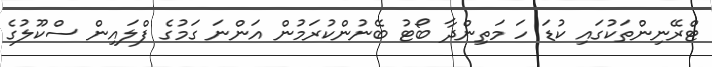
ޓްރޭނިންތަކުގައި ކުޑަ ހަ މަތިންދާ ބޯޓު ބޭނުންކުރަމުން އަންނަ ގަމުގެ ފްލައިން ސްކޫލުގެ